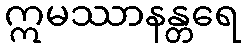
ဣမဿာနန္တရေ